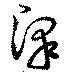
澤